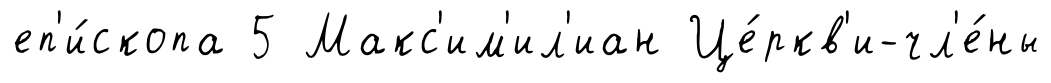
еп'и́скопа 5 Макс'им'ил'иан Це́ркв'и-чл'е́ны